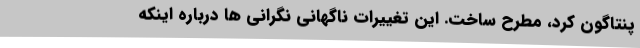
پنتاگون کرد، مطرح ساخت. این تغییرات ناگهانی نگرانی ها درباره اینکه